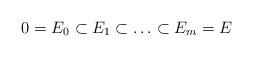
LaTeX: \begin{align*} 0 = E_0 \subset E_1 \subset \ldots \subset E_m = E\end{align*}